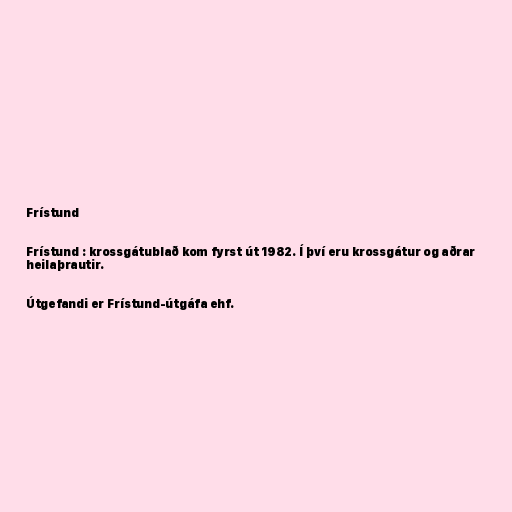
Frístund

Frístund : krossgátublað kom fyrst út 1982. Í því eru krossgátur og aðrar
heilaþrautir.

Útgefandi er Frístund-útgáfa ehf.